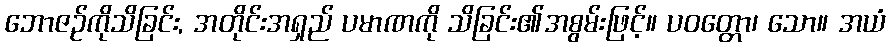
ဘောဇဉ်ကိုသိခြင်း, အတိုင်းအရှည် ပမာဏကို သိခြင်း၏အစွမ်းဖြင့်။ ပဝတ္တော၊ သော။ အယံ